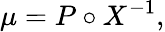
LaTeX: \mu=P\circ X^{-1},